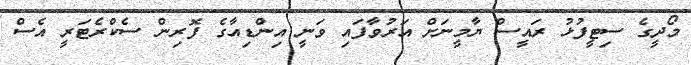
މޯދީގެ ސިޓީފުޅު ރައީސް ޔާމީނަށް އަރުވާފައި ވަނީ އިންޑިއާގެ ފޮރިން ސެކްރެޓަރީ އެސް